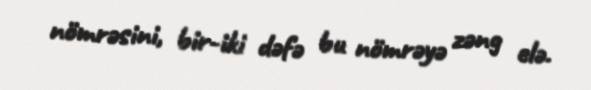
nömrəsini, bir-iki dəfə bu nömrəyə zəng elə.